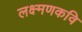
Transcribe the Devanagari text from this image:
लक्ष्मणकवि